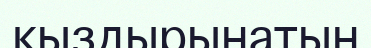
қыздырынатын